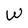
Character: W